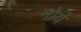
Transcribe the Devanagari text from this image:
नोर्ये